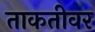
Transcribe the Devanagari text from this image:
ताकतीवर